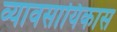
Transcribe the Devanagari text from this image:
व्यावसायिकास